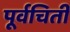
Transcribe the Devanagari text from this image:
पूर्वचिती